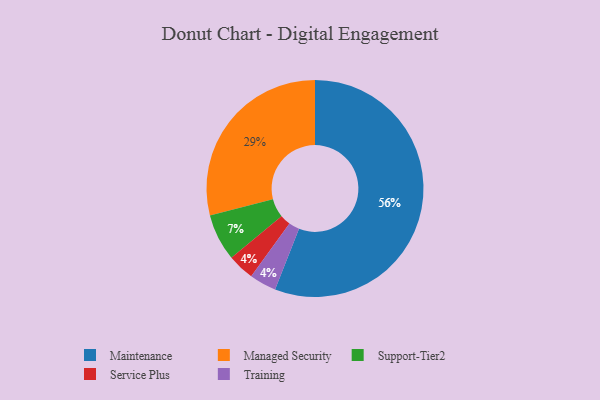
{"axis": {"x": "Category", "y": "Percentage"}, "legend": ["Maintenance", "Managed Security", "Service Plus", "Support-Tier2", "Training"], "data": [{"x": "Service Plus", "y": 4, "type": "Service Plus"}, {"x": "Maintenance", "y": 56, "type": "Maintenance"}, {"x": "Training", "y": 4, "type": "Training"}, {"x": "Managed Security", "y": 29, "type": "Managed Security"}, {"x": "Support-Tier2", "y": 7, "type": "Support-Tier2"}]}